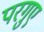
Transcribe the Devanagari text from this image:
परगुए